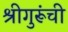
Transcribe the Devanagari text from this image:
श्रीगुरूंची